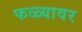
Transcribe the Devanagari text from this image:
फळ्यावर